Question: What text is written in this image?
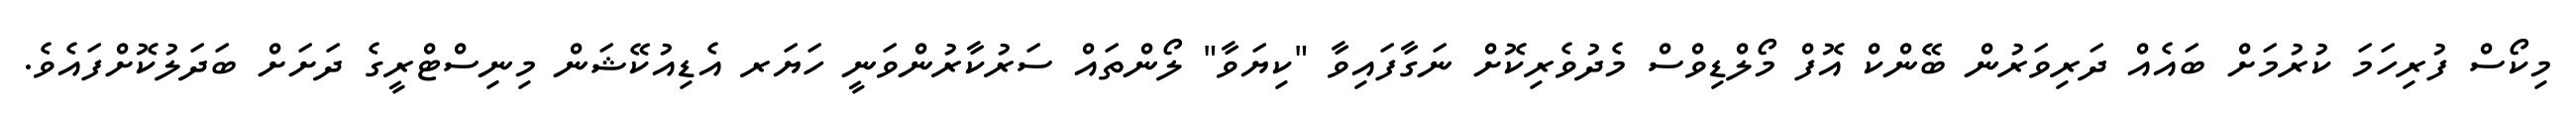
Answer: މިކޯސް ފުރިހަމަ ކުރުމަށް ބައެއް ދަރިވަރުން ބޭންކް އޮފް މޯލްޑިވްސް މެދުވެރިކޮށް ނަގާފައިވާ "ކިޔަވާ" ލޯންތައް ސަރުކާރުންވަނީ ހަޔަރ އެޑިއުކޭޝަން މިނިސްޓްރީގެ ދަށަށް ބަދަލުކޮށްފައެވެ.